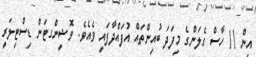
އިން 11 ހާސް ގެލަންގެ މިފަދަ ބުއިންތައް އުފައްދާފައި ވެއެވެ. ވޮޝިންގޓަން ޑިސްޓިލަރީ